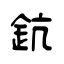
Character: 鈧